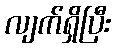
လျက်ရှိပြီး